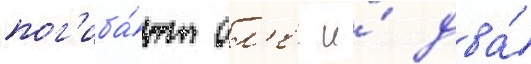
пог'иба́ют ол'ег и́ два́